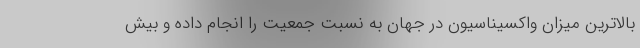
بالاترین میزان واکسیناسیون در جهان به نسبت جمعیت را انجام داده و بیش